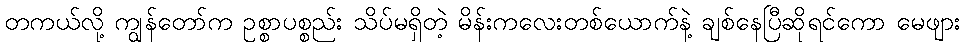
တကယ်လို့ ကျွန်တော်က ဥစ္စာပစ္စည်း သိပ်မရှိတဲ့ မိန်းကလေးတစ်ယောက်နဲ့ ချစ်နေပြီဆိုရင်ကော မေဖျား